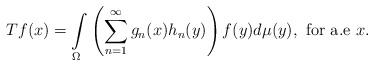
\begin{align*}Tf(x)=\int\limits_{\Omega}\left(\sum\limits_{n=1}^{\infty} g_n(x)h_n(y)\right)f(y)d\mu(y), \,\,\mbox{for a.e } x.\end{align*}